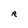
Character: R